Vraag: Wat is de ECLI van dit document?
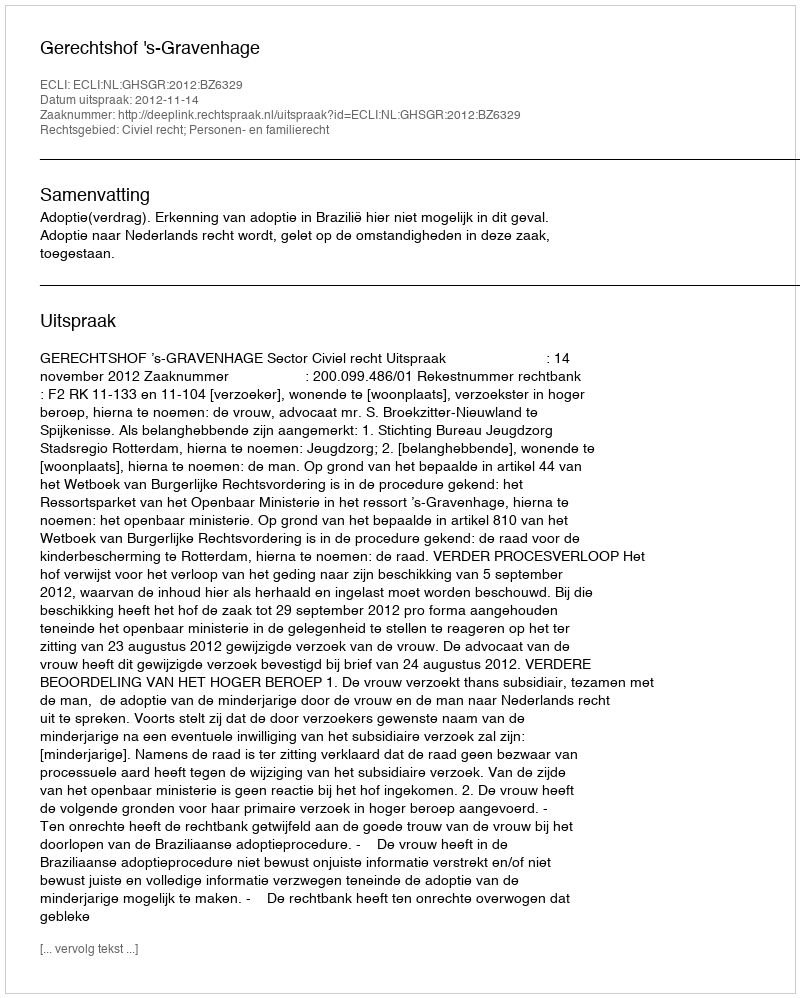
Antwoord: ECLI:NL:GHSGR:2012:BZ6329